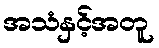
အသံနှင့်အတူ